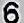
6